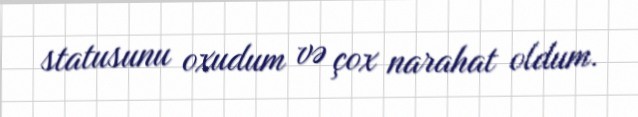
statusunu oxudum və çox narahat oldum.